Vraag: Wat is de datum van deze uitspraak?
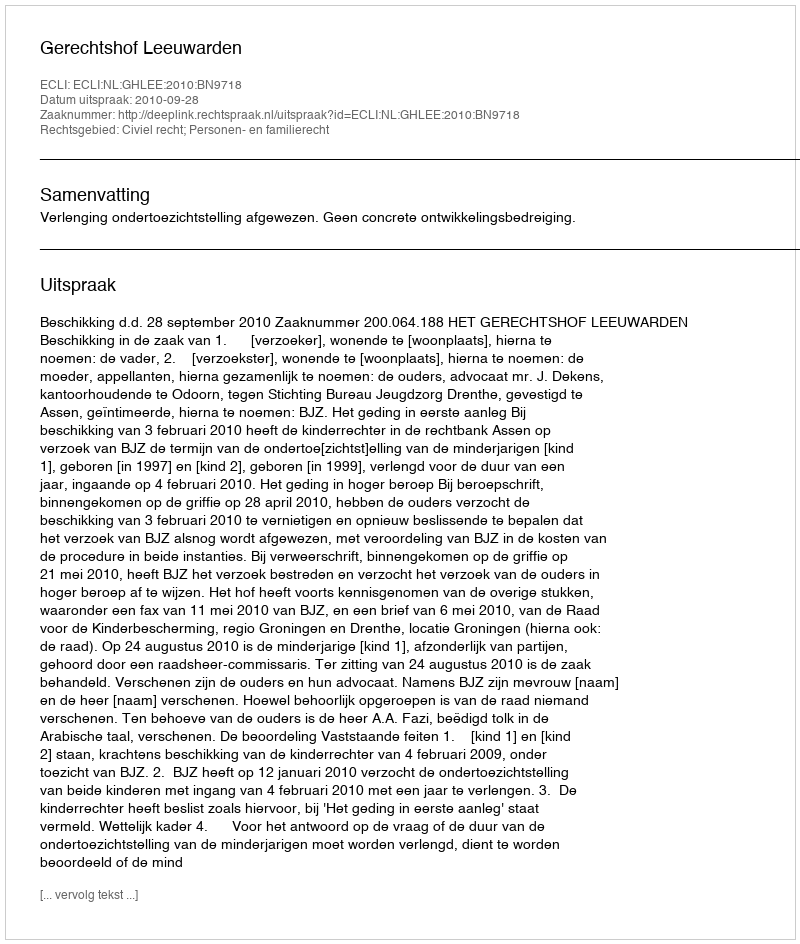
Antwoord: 2010-09-28